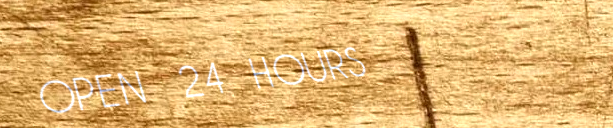
OPEN 24 HOURS